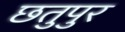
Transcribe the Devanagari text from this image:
छतुपुर